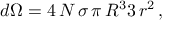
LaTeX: d \Omega = { 4 \, N \, \sigma \, \pi \, R ^ { 3 } } { 3 \, r ^ { 2 } } \, ,